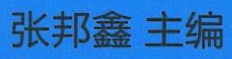
张邦鑫 主编